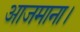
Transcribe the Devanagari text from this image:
आजमाना।